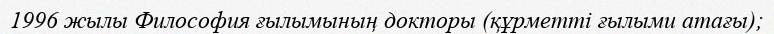
1996 жылы Философия ғылымының докторы (құрметті ғылыми атағы);